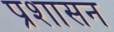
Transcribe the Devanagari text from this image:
प्रशासन